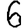
Digit: 6